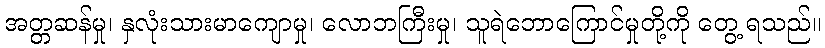
အတ္တဆန်မှု၊ နှလုံးသားမာကျောမှု၊ လောဘကြီးမှု၊ သူရဲဘောကြောင်မှုတို့ကို တွေ့ ရသည်။